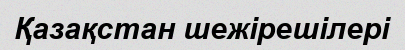
Қазақстан шежірешілері